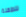
للطفلة